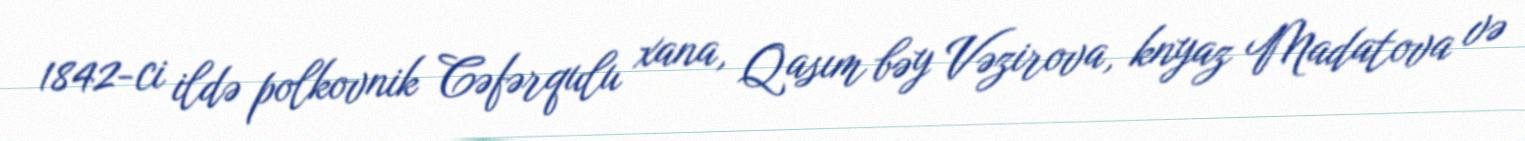
1842-ci ildə polkovnik Cəfərqulu xana, Qasım bəy Vəzirova, knyaz Madatova və